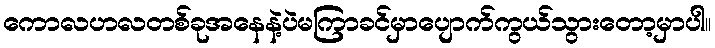
ကောလဟလတစ်ခုအနေနဲ့ပဲမကြာခင်မှာပျောက်ကွယ်သွားတော့မှာပါ။